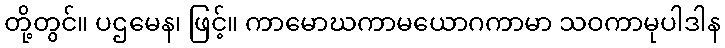
တို့တွင်။ ပဌမေန၊ ဖြင့်။ ကာမောဃကာမယောဂကာမာ သဝကာမုပါဒါန